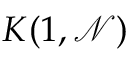
K ( 1 , { \mathcal { N } } )